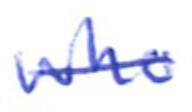
Text: who
Cross-out: single-line
Writing tool: ballpoint